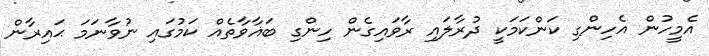
އެމީހުން އެހިންގި ކަންކަމަކީ ދުރާލައި ރާވައިގެން ހިންގި ބަޣާވާތެއް ކަމުގައި ނުވާނަމަ ޙައިރާން